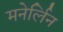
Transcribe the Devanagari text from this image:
मनेर्लिन